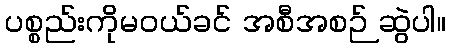
ပစ္စည်းကိုမဝယ်ခင် အစီအစဉ် ဆွဲပါ။